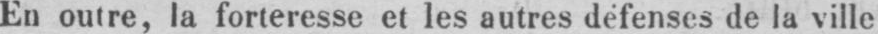
En outre, la forteresse et les autres défenses de la ville